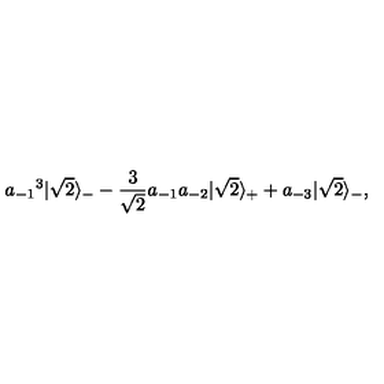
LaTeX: { a _ { - 1 } } ^ { 3 } | \sqrt 2 \rangle _ { - } - { \frac { 3 } { \sqrt 2 } } a _ { - 1 } a _ { - 2 } | \sqrt 2 \rangle _ { + } + a _ { - 3 } | \sqrt 2 \rangle _ { - } ,